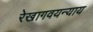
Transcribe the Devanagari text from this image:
रेखागवयन्याय